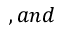
, a n d